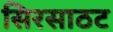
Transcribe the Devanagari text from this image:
सिरसाठट